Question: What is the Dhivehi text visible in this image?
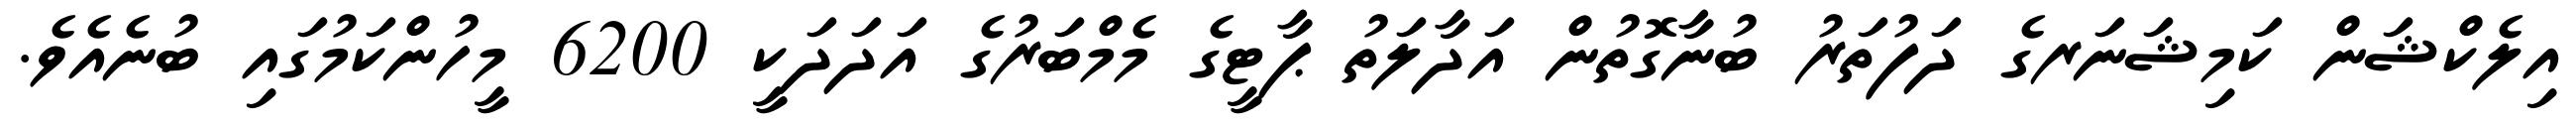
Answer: އިލެކްޝަން ކަމިޝަނަރގެ ދަފުތަރު ބުނާގޮތުން އަދާލަތު ޕާޓީގެ މެމްބަރުގެ އަދަދަކީ 6200 މީހުންކަމުގައި ބުނެއެވެ.